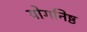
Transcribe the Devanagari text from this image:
योगनिष्ठ